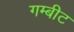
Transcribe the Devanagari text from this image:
गम्बीट